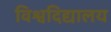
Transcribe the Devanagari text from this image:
विश्वदिद्यालय